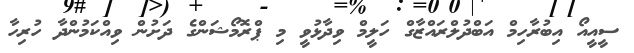
ސީއީއޯ އިބުރާހިމް އަބްދުލްރައްޒާގް ހަލީމް ވިދާޅުވީ މި ޕްރޮމޯޝަންގެ ދަށުން ވިއްކަމުންދާ ހުރިހާ